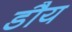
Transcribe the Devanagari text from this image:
डौय